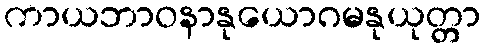
ကာယဘာဝနာနုယောဂမနုယုတ္တာ